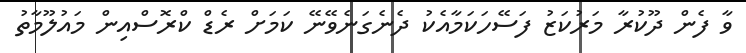
ވާ ފެން ދޫކުރާ މަރުކަޒު ފަސޭހަކަމާއެކު ދެނެގަނެވޭނޭ ކަމަށް ރެޑް ކްރޮސްއިން މައުލޫމާތު